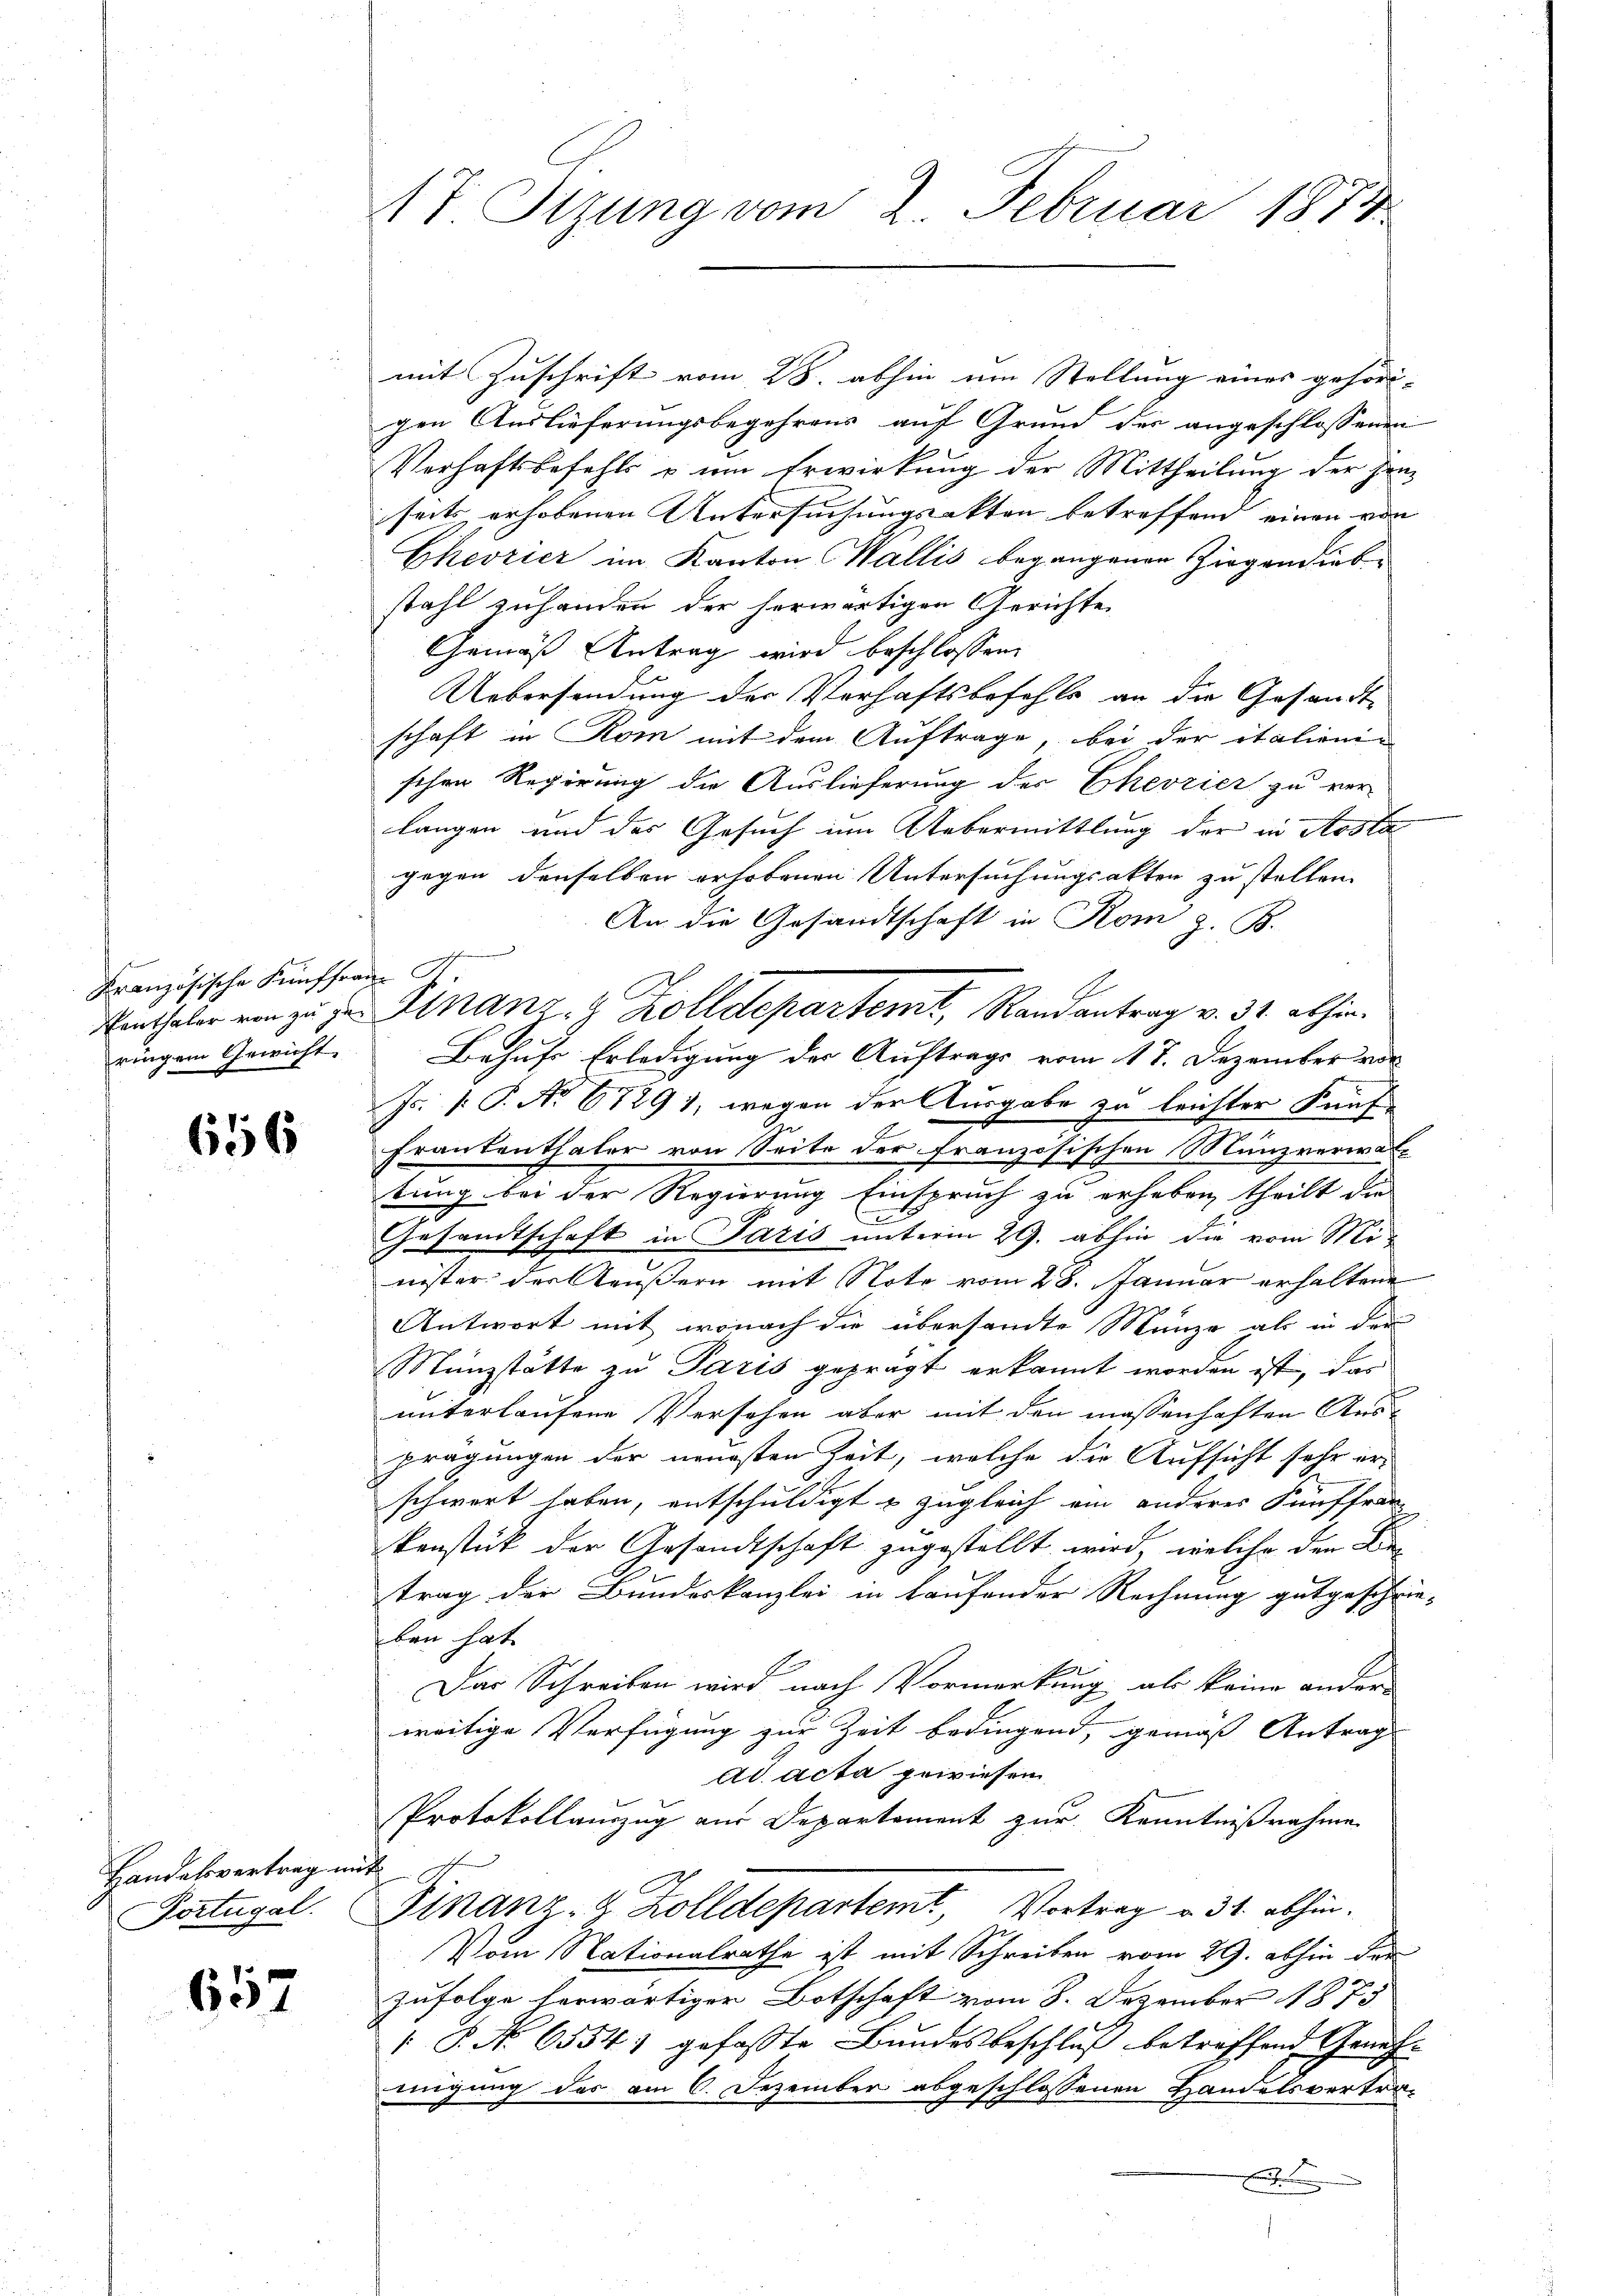
Kranzösische Fünffrau P.

656

Handelsvertrag mit
Portugal.

657

17 Stzung vom 2. Februar 1874

mit Zuschrift vom 28. abhin um Stellung eines gehörd-
gen Auslieferungsbegehrens auf Grund der angeschlossenen
Verhaftsbefehl u ŭm Erwirkung der Mittheilŭng der Hanseits erhobenen Untersuchungsakten betreffend einen von
Eheorier im Kanton Wallis begangenen Ziegendiebstahl zuhanden der herwärtigen Gerichte
Gemäß Antrag wird beschlossen:
Uebersendung der Verhaftsbefehls an die Gesandtschaft in Rom mit dem Auftrage, bei der italienischen Regierung die Auslieferung der Eheorier zu ver-
langen und das Gesuch im Uebermittlung der in Aosta
gegen denselben erhobenen Untersuchungsakten zu stellen.
An die Gesandtschaft in Rom z. B.
ringen Gewicht. Behufs Erledigung der Auftrags vom 17. Dezember vor
Js. 1. P. No 67291, wegen der Ausgabe zu leichter Künf-
Frankenthaler von Seite der französischen Münzverwaltung bei der Regierung Einspruch zu erheben, theilt die
Gesandtschaft in Paris unterm 29. abhin die vom Mi-
nister der Aeußern mit Note vom 28. Januar erhaltene
Antwort mit, wonach die übersandte Münze als in der
Münzstätte zu Paris geprägt erkannt worden ist, das
unterlaufene Versehen aber mit den massenhaften Ausprägungen der neuesten Zeit, welche die Aufsicht sehr er-
schwert haben, entschuldigt & zugleich ein anderes Fünffran
kenstück der Arsandtschaft zugestellt wird, welche den Kir¬
A
trag der Bundeskanzlei in Laufender Rechnung gutgeschrie-
ben hat
Das Schreiben wird nach Vormerkung als keine andere
weitige Verfügung zur Zeit bedingend, gemäß Antrag
ad acta gewiesen.
Protokollanzug aus Departement zur Kenntnißnahme
Finanz- & Zolldepartemt, Vortrag v. 31. abhin.
Vom Nationalrathe ist mit Schreiben vom 29. abhin der
Zufolge herwärtiger Botschaft vom 8. Dezember 1875
 P. No 6554) gefasste Bundesbeschluß betreffend Genehmigung des am 6. Dezember abgeschlossenen Handelsvertra-

Einthaler von zu der Hans- & Zolldepartemt, Randantrag v. 31. abhin¬